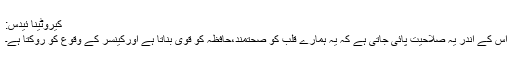
کیروٹینا ئیدس:
اس کے اندر یہ صلاحیت پائی جاتی ہے کہ یہ ہمارے قلب کو صحتمند،حافظہ کو قوی بناتا ہے اورکینسر کے وقوع کو روکتا ہے۔